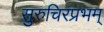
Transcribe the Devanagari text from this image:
सुरुचिरप्रभम्